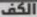
الكف